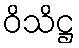
ဝိသိဋ္ဌ